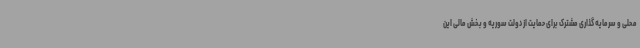
محلی و سرمایه گذاری مشترک برای حمایت از دولت سوریه و بخش مالی این